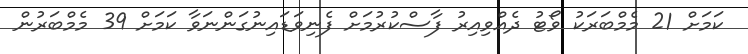
ކަމަށް 21 މެމްބަރަކު ވޯޓު ދެއްވިއިރު ފާސްކުރުމަށް ފެނިވަޑައިނުގަންނަވާ ކަމަށް 39 މެމްބަރުން